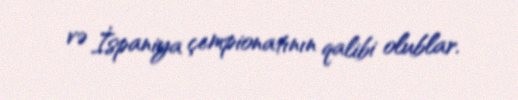
və İspaniya çempionatının qalibi olublar.